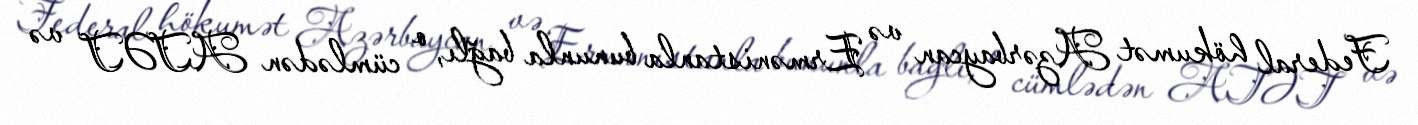
Federal hökumət Azərbaycan və Ermənistanla bununla bağlı, o cümlədən ATƏT və